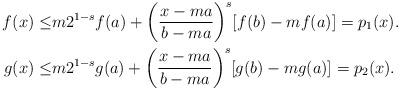
LaTeX: \begin{align*} f(x)\leq& m2^{1-s}f(a)+\bigg(\frac{x-ma}{b-ma}\bigg)^s[f(b)-mf(a)]=p_{1}(x).\\ g(x)\leq& m2^{1-s}g(a)+\bigg(\frac{x-ma}{b-ma}\bigg)^s[g(b)-mg(a)]=p_{2}(x).\end{align*}